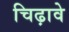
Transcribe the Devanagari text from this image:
चिढ़ावे